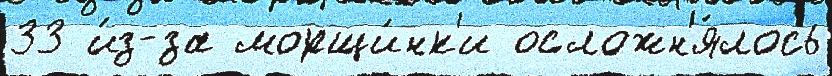
33 и́з-за морщи́нк'и осложн'я́лось